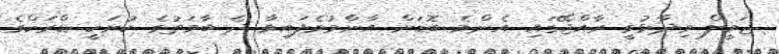
ޖަމީލް ވިދާޅުވީ ރާއްޖޭގައި އެންމެ ބޮޑަށް އާންމުވެފައިވާ ދެ ބާވަތުގެ ކުށަކީ ޑްރަކްގެ